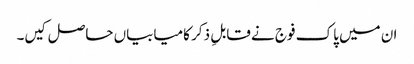
ان میں پاک فوج نے قابلِ ذکر کامیابیاں حاصل کیں۔